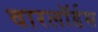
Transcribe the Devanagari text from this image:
वारलॉर्डस